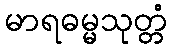
မာရဓမ္မသုတ္တံ